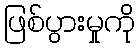
ဖြစ်ပွားမှုကို